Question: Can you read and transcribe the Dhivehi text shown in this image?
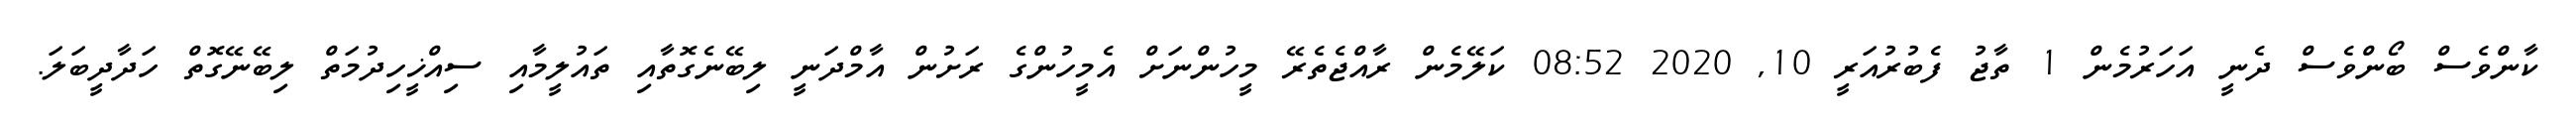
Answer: ކާންވެސް ބޯންވެސް ދެނީ އަހަރުމެން 1 ތާޖު ފެބުރުއަރީ 10, 2020 08:52 ކަލޭމެން ރާއްޖެތެރޭ މީހުންނަށް އެމީހުންގެ ރަށުން އާމްދަނީ ލިބޭނެގޮތާއި ތައުލީމާއި ސިއްޚީހިދުމަތް ލިބޭނޭގޮތް ހަދާދީބަލަ.